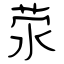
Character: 荥